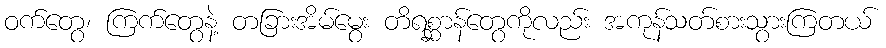
ဝက်တွေ၊ ကြက်တွေနဲ့ တခြားအိမ်မွေး တိရစ္ဆာန်တွေကိုလည်း အကုန်သတ်စားသွားကြတယ်